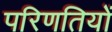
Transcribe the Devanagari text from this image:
परिणतियों